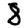
Digit: 8